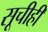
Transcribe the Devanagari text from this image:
सूचीही